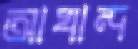
আখান্দ